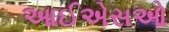
આઈએસઓ